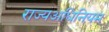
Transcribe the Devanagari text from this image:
राज्यअधिनियम